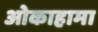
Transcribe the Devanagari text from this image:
ओकाहामा